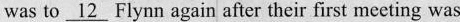
was to \underline{12} Flynn again after their first metting was